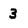
Character: 3